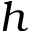
h